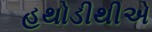
હથોડીથીએ